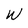
Character: W